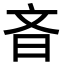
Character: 𪰎